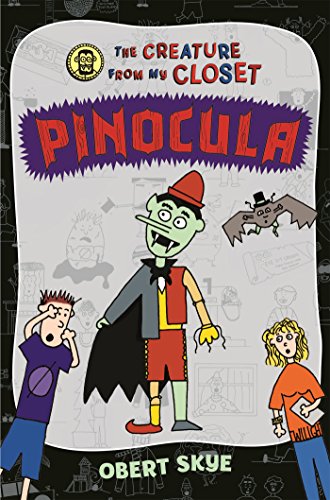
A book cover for Pinocula (The Creature from My Closet); Obert Skye; Children's Books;